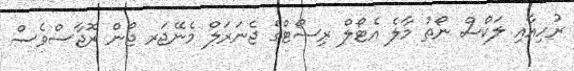
ރުހިއާއި ލަކްސް ނޯތު މާލެ އެޓޯލް ރިސޯޓްގެ ޖެނަރަލް މެނޭޖަރ ޖޯން ރޮޖާސްވެސް